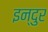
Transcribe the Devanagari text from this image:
इन्दुर